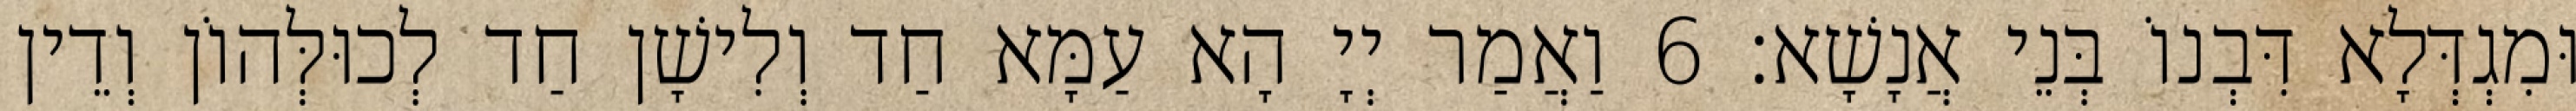
וּמִגְדְּלָא דִּבְנוֹ בְּנֵי אֲנָשָׁא׃ 6 וַאֲמַר יְיָ הָא עַמָּא חַד וְלִישָׁן חַד לְכוּלְּהוֹן וְדֵין